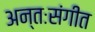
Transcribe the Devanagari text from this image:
अन्तःसंगीत